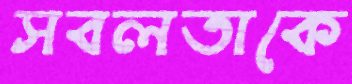
সবলতাকে